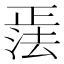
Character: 𪴹